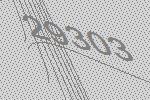
29303